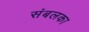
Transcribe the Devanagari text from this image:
संबलका